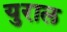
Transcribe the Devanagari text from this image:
युराल